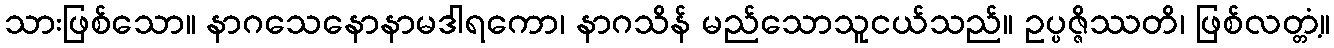
သားဖြစ်သော။ နာဂသေနောနာမဒါရကော၊ နာဂသိန် မည်သောသူငယ်သည်။ ဥပ္ပဇ္ဇိဿတိ၊ ဖြစ်လတ္တံ့။